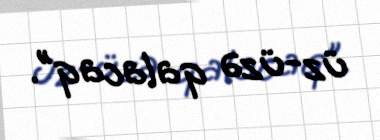
üz-üzə qalacaq”.